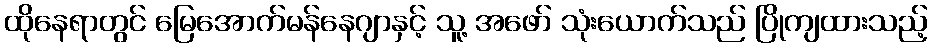
ထိုနေရာတွင် မြေအောက်မန်နေဂျာနှင့် သူ့ အဖော် သုံးယောက်သည် ပြိုကျထားသည့်